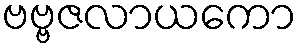
ဗဗ္ဗဇလာယကော